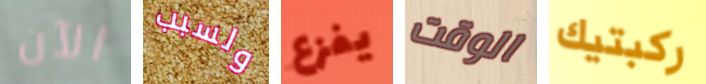
الآن ولسبب يفزع الوقت ركبتيك